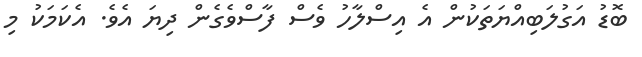
ބޮޑު އަގުލަބިއްޔަތަކުން އެ އިސްލާހު ވެސް ފާސްވެގެން ދިޔަ އެވެ. އެކަމަކު މި